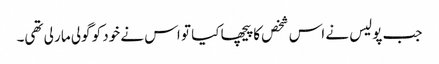
جب پولیس نے اس شخص کا پیچھا کیا تو اس نے خود کو گولی مار لی تھی۔